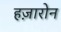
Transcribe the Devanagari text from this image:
हज़ारोन